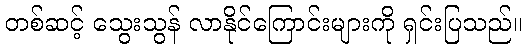
တစ်ဆင့် သွေးသွန် လာနိုင်ကြောင်းများကို ရှင်းပြသည်။